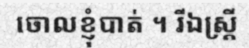
ចោលខ្ញុំបាត់ ។ រីឯស្ត្រី